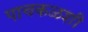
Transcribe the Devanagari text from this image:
पाचकळशी